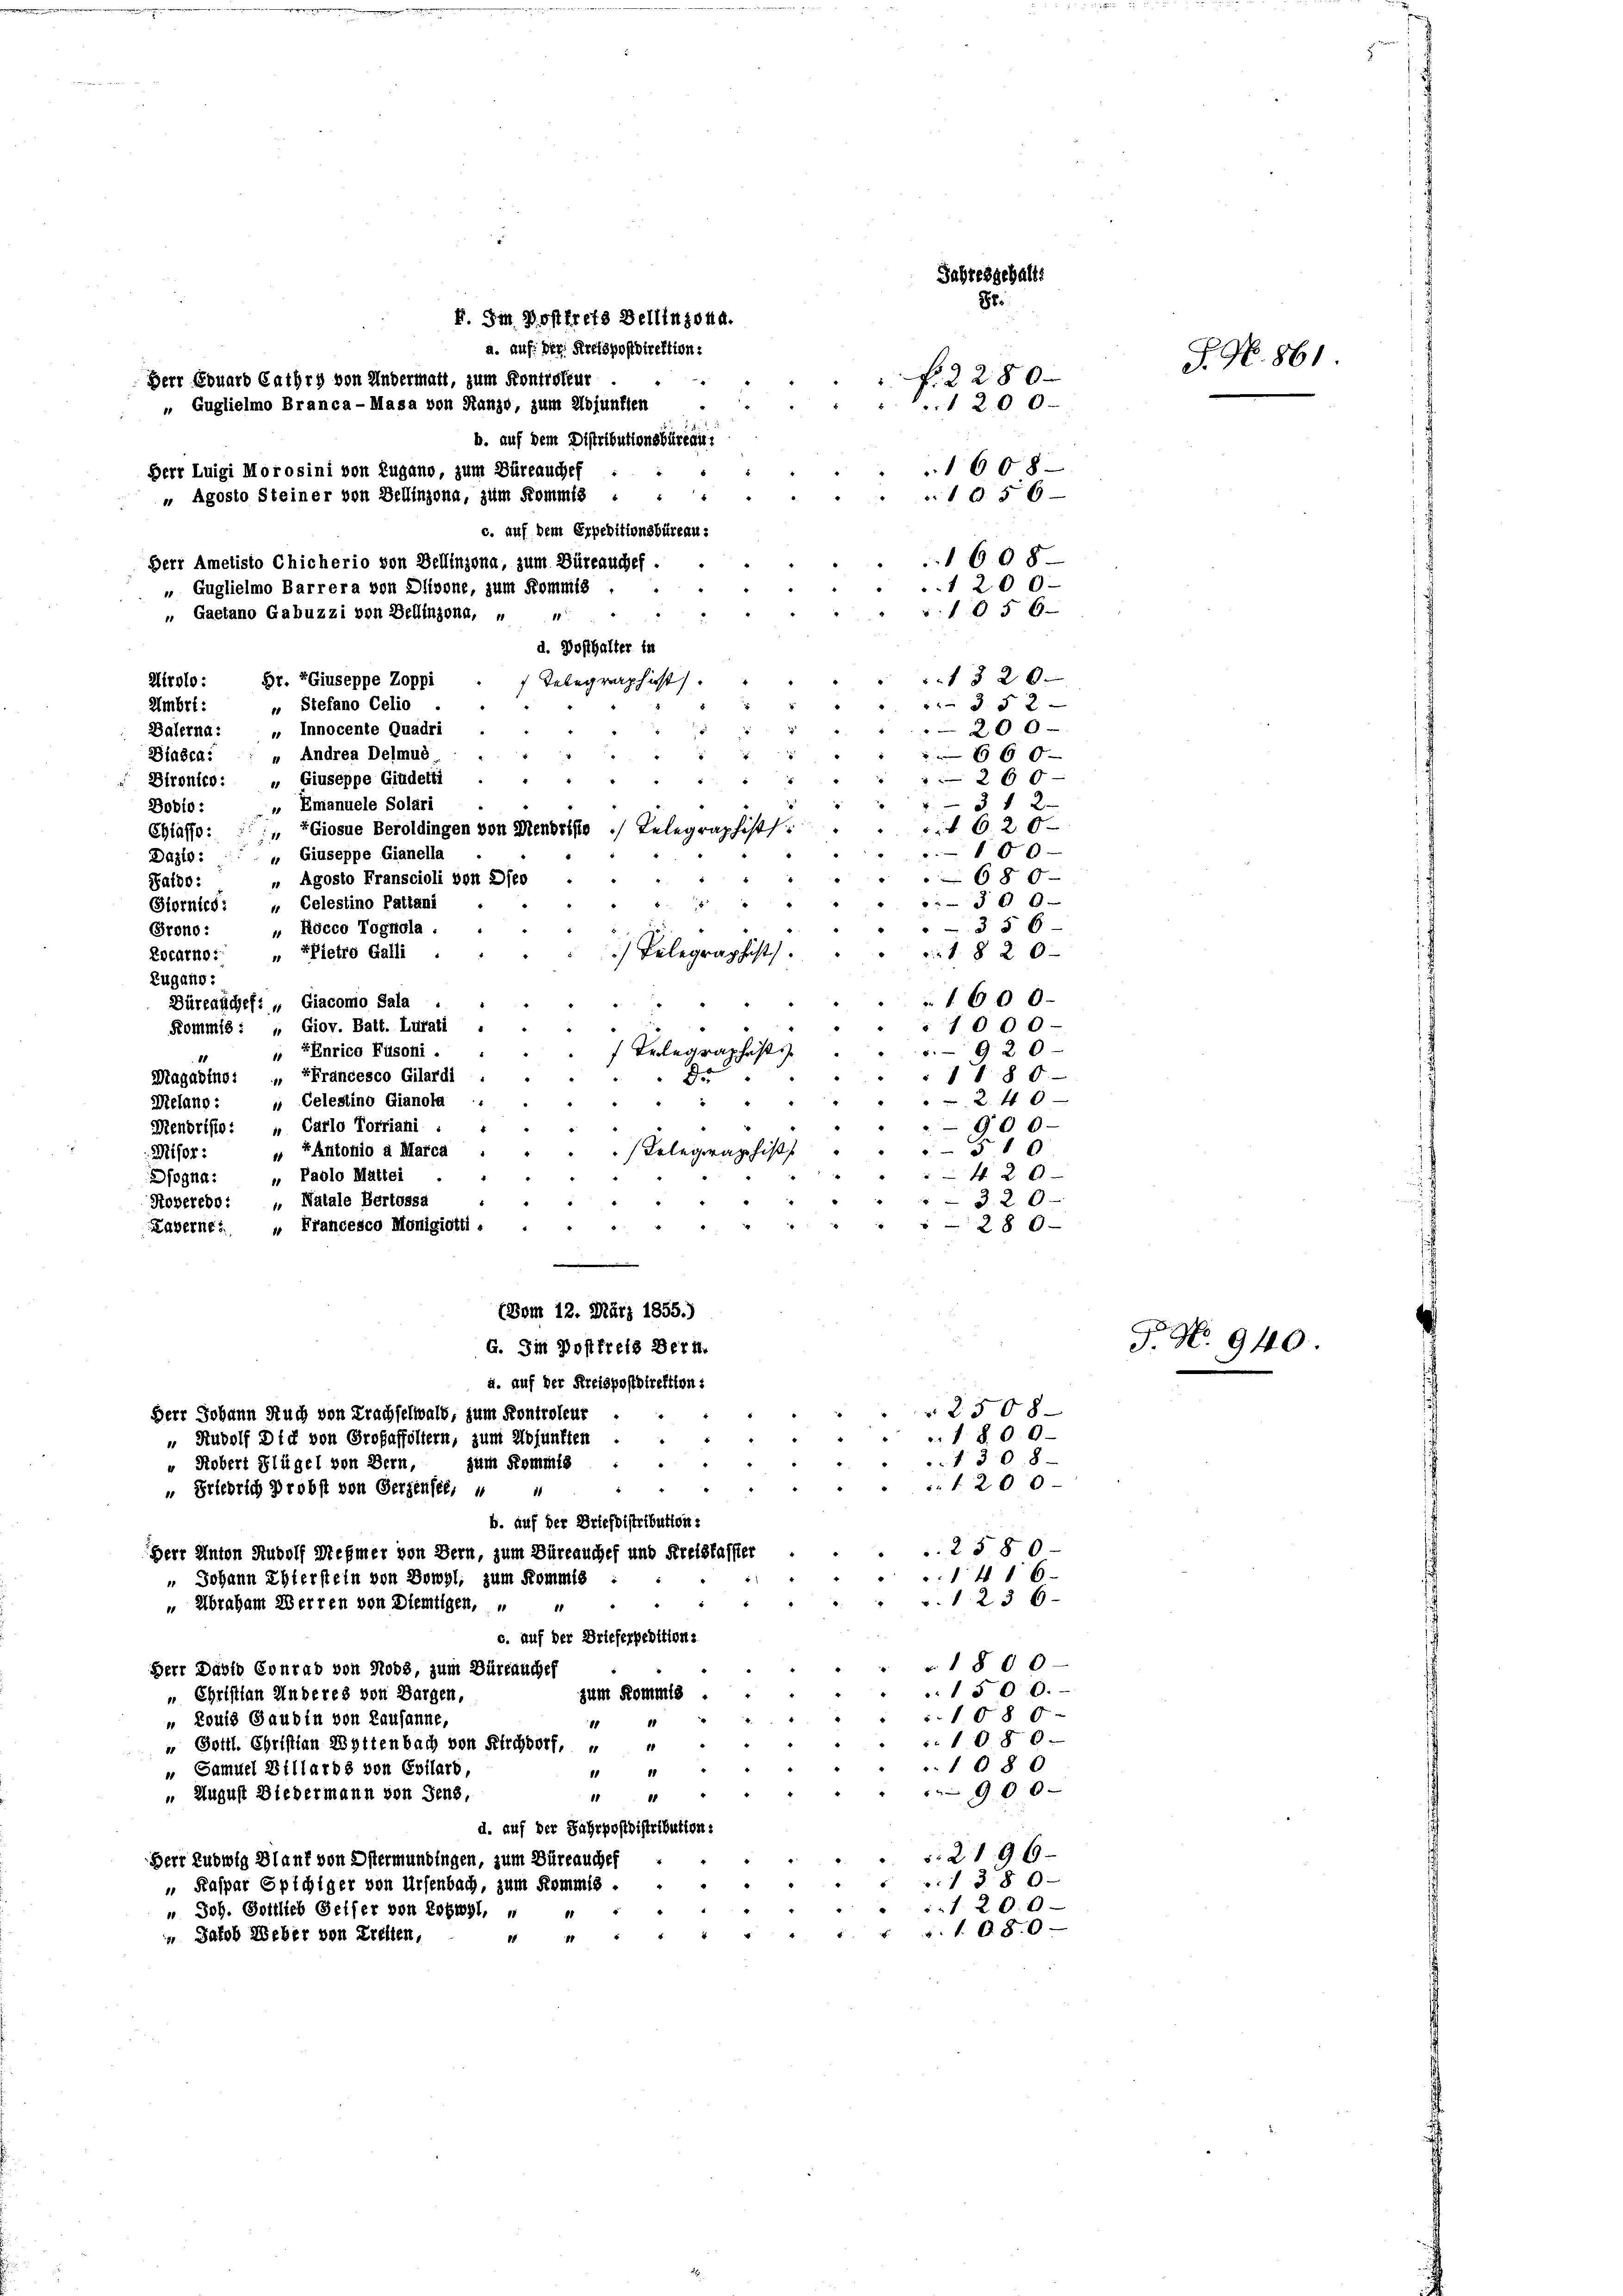
Jahresgehalts
8r.
E. Im Posttrete Bellinzona.
a. auf der Kreispostdirektion:
f. 2280
Herr Eduard Cathry von Andermatt, zum Kontisseur
1200
„ Guglielmo Branca-Masa von Stanze, zum Adjunkten
b. auf dem Distributionsbüreau.
1608
Herr Luigi Morosini von Lugano, zum Büreauches
156
" Agosto Steiner von Dellinzona, zum Kommis
c. auf dem Erpeditionsbüreau.
608
Herr Ametisto Chicherio von Dellinzona, zum Büreauchef.
1200.
„ Guglielmo Barrera von Olivone, zum Kommis
1056
1
„ Gaetano Gabuzzi von Bellinzona, „ „
d. Posthalter in
1820.
Br. PGiuseppe Zoppi
 Telegraphist
Wirolo :
 35 x
„ Stefano Celio
Umbri:
20 0
Balernd: „ Innocente Quadri
660
Biasca: : „ Andrea Delmus
26 x
Dironico: „ Giuseppe Giudetti
3 f 2
Bobio: „ Emanuele Solari
 620
Chiasso: „ ZGiosue Beroldingen von Mendrisie
150.
" Giuseppe Gianella
Dazlo:
680
„ Agosto Franscioli von 2feo
Saldo:
0
Siornico. „ Celestino Pattani
3 § 6
" Röcco Tognola.
Prono:
xPietro Galli
18 20
Locarno:
18
Zugano :
1600.
Dürerächef: „ Giaconio Sala :
Kommis : „ Giov. Batt. Lurati
" 1000
920
„ EEnrico Fusoni.
5
schaft is
88
80.
Magarins: " Francesco Gilardi
1

2 f 0
 Celestino Gianola
Melano:
Menoristo: " Carlo Torriani . "
900.
10
0
„ EAntonio a Marca
Misor:
Telegraphist
420
fogna: „ Paolo Mattei
Roverebo: „Natale Bertossa
320
28 0
Laverne: „Francesco Monigiotti.
 58
a. auf der Kreispostdirektion:
2508
Herr Johann Auch von Prachselwald, zum Kontroleur
1800.
„ Rudolf Dich von Großaffoltern, zum Adjunkten
1308
" Kobert Flügel von Bern,
zum Kommis
 120 0
„ Friedrich Probst von Gerzensel, u
b. auf der Briefbistribution:
2580-
Herr Anton Rudolf Meßmer von Bern, zum Büreauches und Kreislasser
14 1 6
„ Johann Ehlerstein von Bowyl, zum Kommis
" v. 1. 236.
„Abraham Werren von Diemtigen, " "
c. auf der Brieferpebition:
1800
Herr Dabio Conrad von Hobs, zum Bürfauches
1506.
„ Christian Anderes von Bargen,
zum Kommis
1080
„ Louis Gaubin von Lausanne,
1 41
1080.
" Gottl. Christian Wettenbach von Kirchdorf,
10
1080
„ Samuel Billards von Evilarb,
11
10
" 900
 August Diedermann von Sens,
18
11
d. auf der Fahrpostdistribution:
.2196.
Herr Ludwig Blauf von Ostermundingen, zum Büreauches
 . . . 13 § 9
 Kaspar Spichiger von Ursenbach, zum Kommis-
1200
u Joh. Gottlieb Seifer von Rotwyl, u
1 " " " " " " " v. 1. 68. 6
“ Jakob Weber von Prellen,
18

(Vom 12. März 1855.)
G. Im Postfreis Bern.

No. 861.

F. No. 940